Senior Leaving Certificate Examination (including Day School Certificate (Higher) General paper), 1946
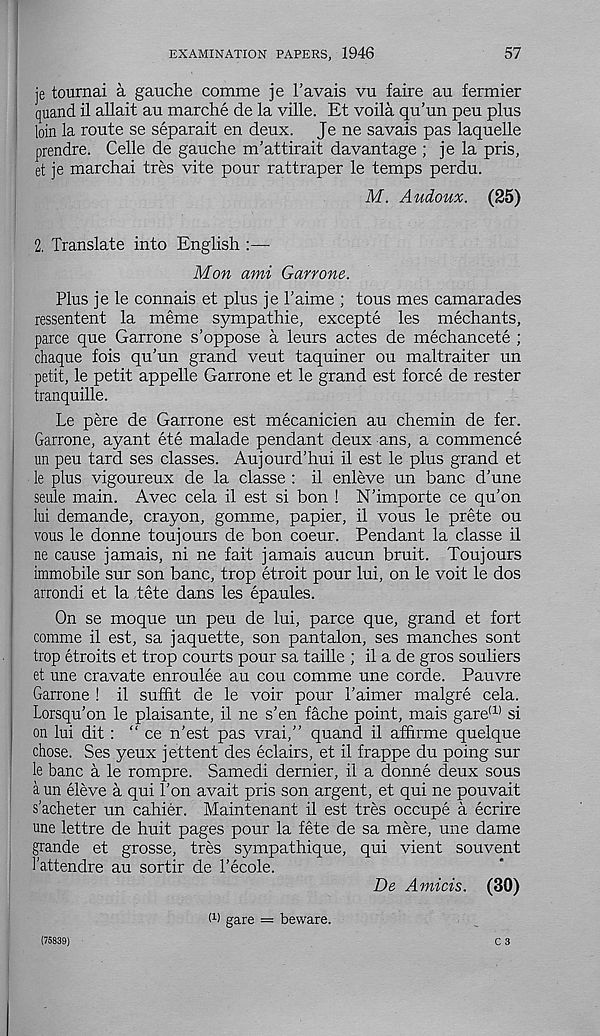
EXAMINATION PAPERS, 1946
57
je tournai a gauche comme je F avals vu faire au fermier
quand il allait au marche de la ville. Et voila qu’un peu plus
loin la route se separait en deux. Je ne savais pas laquelle
prendre. Celle de gauche m’attirait da vantage ; je la pris,
et je marchai tres vite pour rattraper le temps perdu.
M. Audoux. (25)
2. Translate into English :—
Mon ami Garrow.
Plus je le connais et plus je Faime ; tous mes camarades
ressentent la meme sympathie, excepte les mechants,
parce que Garrone s’oppose a leurs actes de mechancete ;
chaque fois qu’un grand veut taquiner ou maltraiter un
petit, le petit appelle Garrone et le grand est force de rester
tranquille.
Le pere de Garrone est mecanicien au chemin de fer.
Garrone, ayant ete malade pendant deux ans, a commence
un peu tard ses classes. Aujourd’hui il est le plus grand et
le plus vigoureux de la classe : il enleve un banc d’une
seule main. Avec cela il est si bon ! N’importe ce qu’on
lui demande, crayon, gomme, papier, il vous le prete ou
vous le donne toujours de bon coeur. Pendant la classe il
ne cause jamais, ni ne fait jamais aucun bruit. Toujours
immobile sur son banc, trop etroit pour lui, on le voit le dos
arrondi et la tete dans les epaules.
On se moque un peu de lui, parce que, grand et fort
comme il est, sa jaquette, son pantalon, ses manches sont
trop etroits et trop courts pour sa taille ; il a de gros souliers
et une cravate enroulee au cou comme une corde. Pauvre
Garrone ! il suffit de le voir pour Faimer malgre cela.
Lorsqu’on le plaisante, il ne s’en fache point, mais gare (1) si
on lui dit : “ ce n’est pas vrai,” quand il affirme quelque
chose. Ses yeux jettent des eclairs, et il frappe du poing sur
le banc a le rompre. Samedi dernier, il a donne deux sous
a un eleve a qui Fon avait pris son argent, et qui ne pouvait
s’acheter un cahier. Maintenant il est tres occupe a ecrire
une lettre de huit pages pour la fete de sa mere, une dame
grande et grosse, tres sympathique, qui vient souvent
1'attendre au sortir de Fecole.
De Amicis. (30)
C 3
(75839)
W gare = beware.